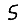
Digit: 5